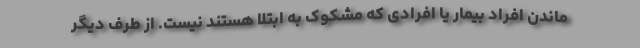
ماندن افراد بیمار یا افرادی که مشکوک به ابتلا هستند نیست. از طرف دیگر